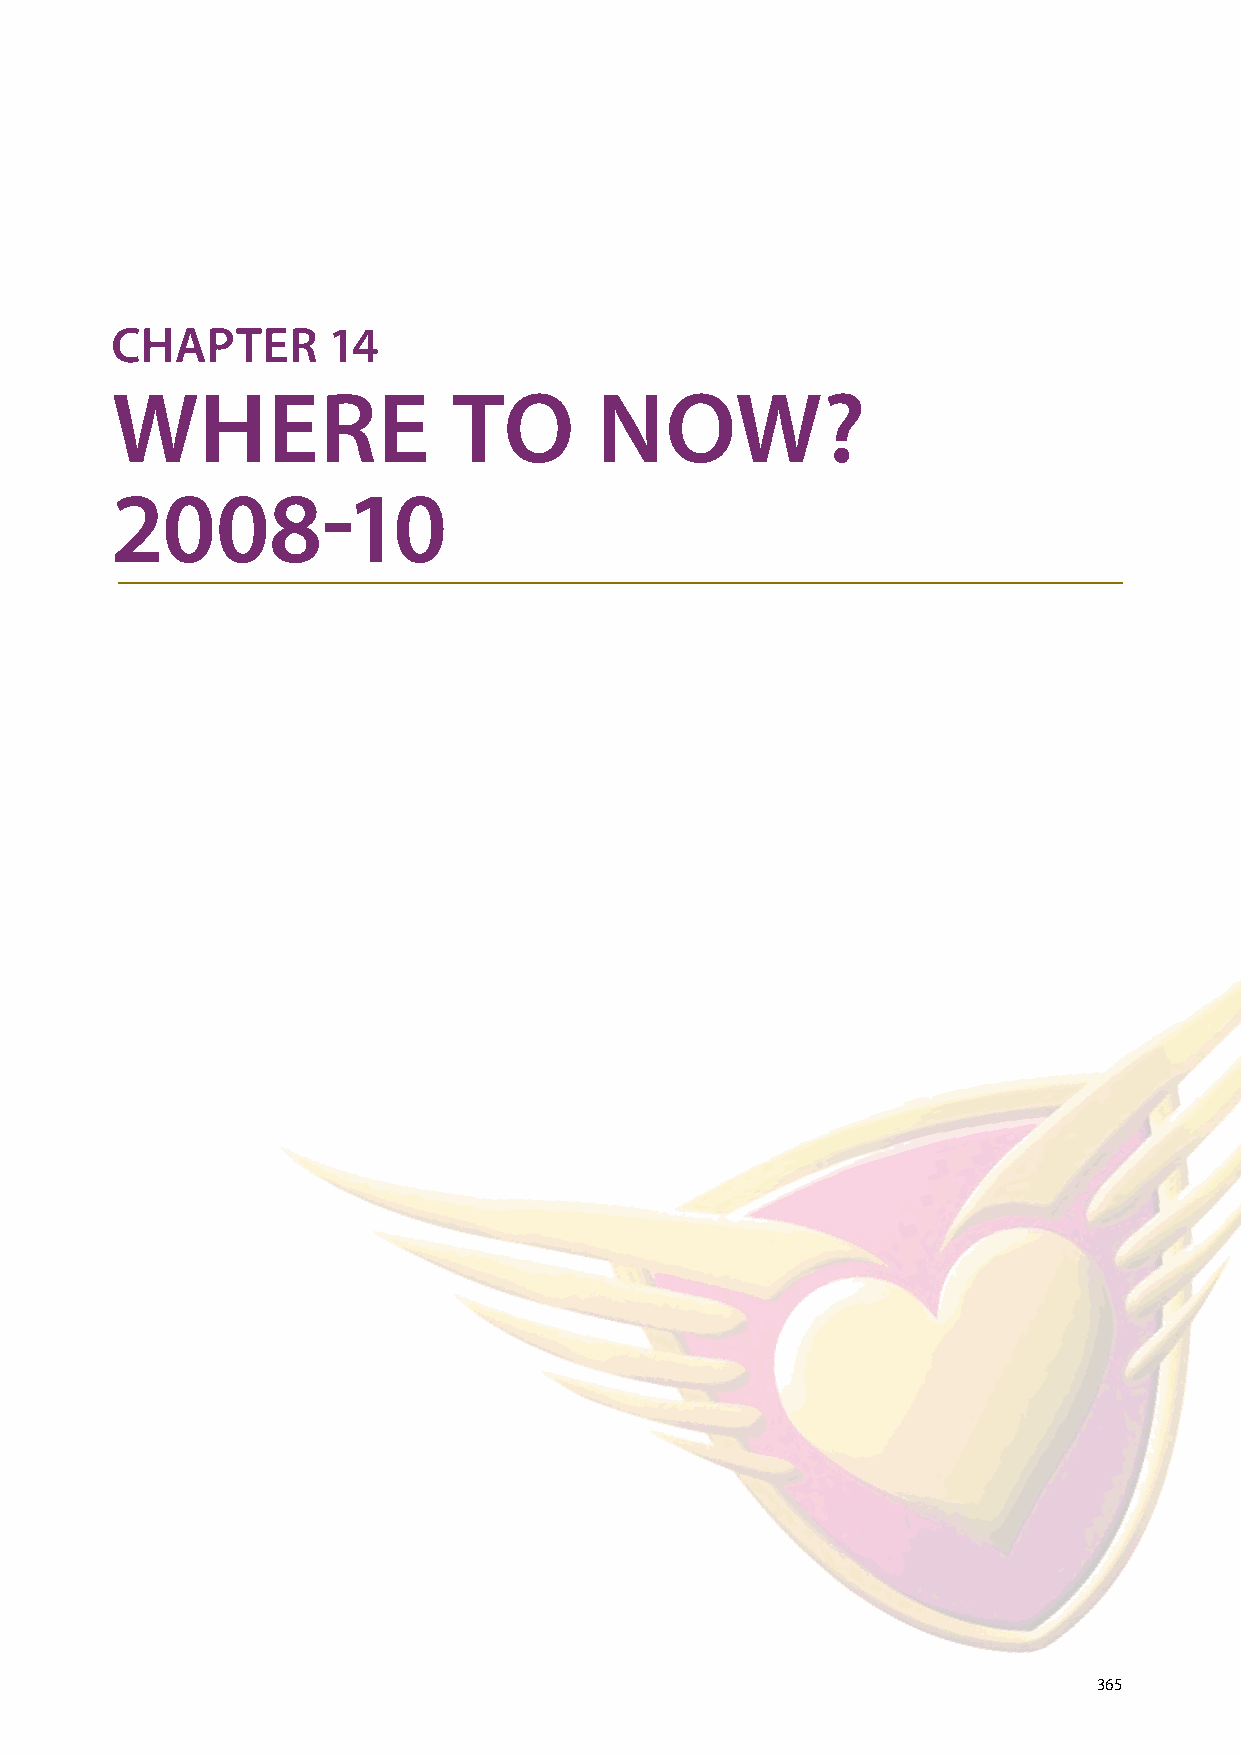
CHAPTER        14
 wHERE                  TO       NOw?
 2008-10
 365